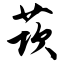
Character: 莰